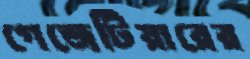
গেজেটিয়ারের